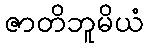
ဇာတိဘူမိယံ